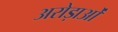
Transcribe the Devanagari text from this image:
अरोड़ाओं